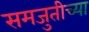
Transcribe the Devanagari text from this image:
समजुतीच्या